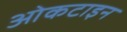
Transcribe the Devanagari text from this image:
ओकटाइन